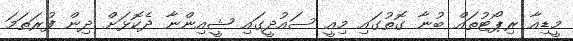
މީޑިއާ ރިޕޯޓުތައް ބުނާ ގޮތުގައި މިއީ ސައުދީގައި ޝީއިންނާ ދެކޮޅަށް ދިން ފުރަތަމަ